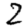
Digit: 2